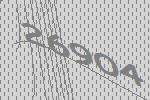
26904